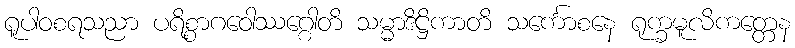
ရူပါဝစရသညာ ပရိစ္စာဂဝေါဿဂ္ဂေါတိ သမ္မာဒိဋ္ဌိကာတိ သင်္ကောစနေ ရုက္ခမူလိကတ္တေန